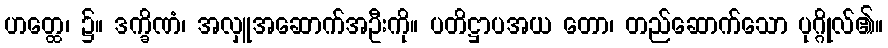
ဟတ္ထေ၊ ၌။ ဒက္ခိဏံ၊ အလှူအဆောက်အဦးကို။ ပတိဋ္ဌာပအယ တော၊ တည်ဆောက်သော ပုဂ္ဂိုလ်၏။